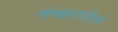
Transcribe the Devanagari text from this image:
संस्कारांतील